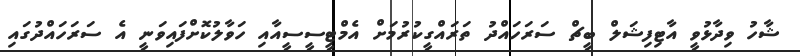
ޝާހު ވިދާޅުވީ އާޓިފިޝަލް ބީޗް ސަރަހައްދު ތަރައްގީކުރުމަށް އެމްޓީސީސީއާއި ހަވާލުކޮށްފައިވަނީ އެ ސަރަހައްދުގައި